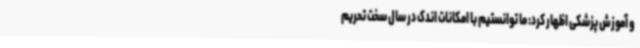
و آموزش پزشکی اظهار کرد: ما توانستیم با امکانات اندک در سال سخت تحریم